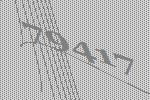
79417